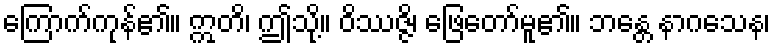
ကြောက်ကုန်၏။ ဣတိ၊ ဤသို့။ ဝိဿဇ္ဇိ၊ ဖြေတော်မူ၏။ ဘန္တေ နာဂသေန၊